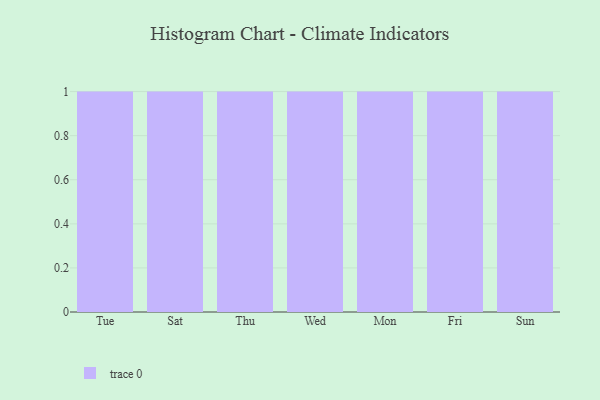
{"axis": {"x": "Day", "y": "Headcount"}, "legend": [""], "data": [{"x": "Tue", "y": 56, "type": ""}, {"x": "Sat", "y": 79, "type": ""}, {"x": "Thu", "y": 49, "type": ""}, {"x": "Wed", "y": 22, "type": ""}, {"x": "Mon", "y": 16, "type": ""}, {"x": "Fri", "y": 6, "type": ""}, {"x": "Sun", "y": 46, "type": ""}]}